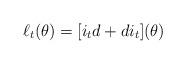
LaTeX: \begin{align*}\ell_t (\theta) = [i_t d + d i_t] (\theta)\end{align*}